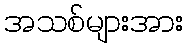
အသစ်များအား